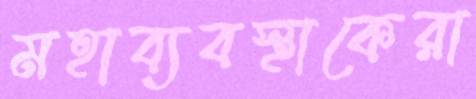
মহাব্যবস্থাকেরা